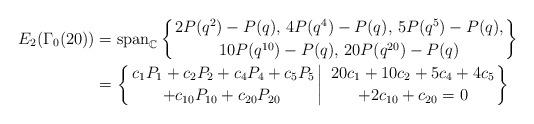
LaTeX: \begin{align*}E_{2}(\Gamma_{0}(20))&= \mbox{span}_{\mathbb{C}}\left\{2P(q^{2})-P(q),\,4P(q^4)-P(q),\,5P(q^5)-P(q),\atop10P(q^{10})-P(q),\,20P(q^{20})-P(q)\right\} \\&=\left\{\left.c_{1}P_{1}+c_2P_2+c_4P_4+c_{5}P_{5}\atop+c_{10}P_{10}+c_{20}P_{20}\; \right| \;{20c_{1}+10c_{2}+5c_{4}+4c_{5}\atop+2c_{10}+c_{20}=0}\right\}\end{align*}